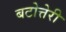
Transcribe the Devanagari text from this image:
बटोत्तेरी